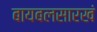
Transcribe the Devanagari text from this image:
बायबलसारखं